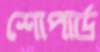
শোপার্ড